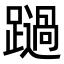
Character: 𨆔